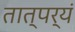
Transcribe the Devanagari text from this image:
तात्पर्यं